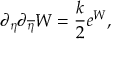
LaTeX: \partial _ { \eta } \partial _ { \overline { { { \eta } } } } W = { \frac { k } { 2 } } e ^ { W } ,